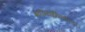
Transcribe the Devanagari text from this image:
ब्रवीम्योमित्येतत्।।